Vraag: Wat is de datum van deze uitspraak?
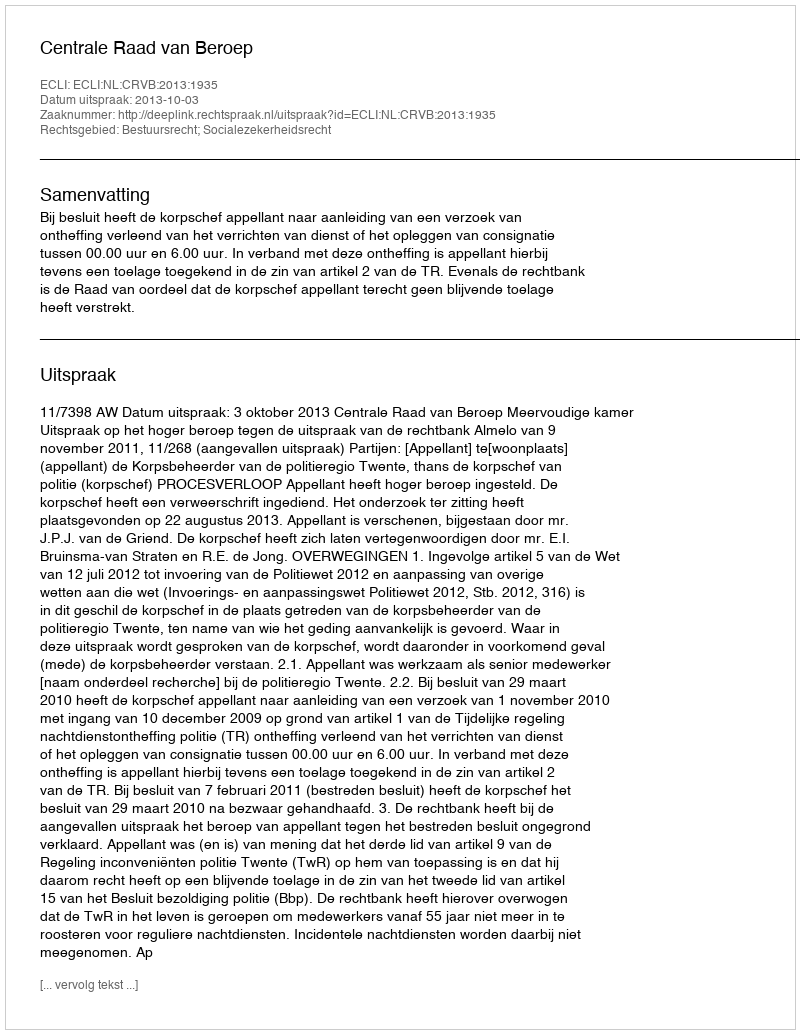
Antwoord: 2013-10-03